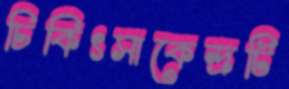
চিকিৎসাকেন্দ্রটি